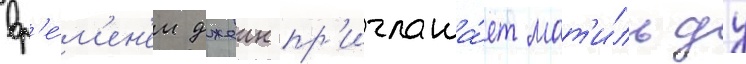
вр'е́м'ен'ем джеин пр'иглаша́ет мат'и́льду